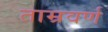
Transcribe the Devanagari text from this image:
ताम्रवर्ण